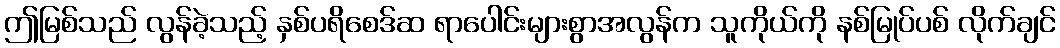
ဤမြစ်သည် လွန်ခဲ့သည့် နှစ်ပရိစေဒ်ဆ ရာပေါင်းများစွာအလွန်က သူကိုယ်ကို နစ်မြုပ်ပစ် လိုက်ချင်